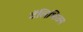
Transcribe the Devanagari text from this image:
टॅलिभिजन